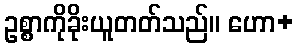
ဥစ္စာကိုခိုးယူတတ်သည်။ ဟော+